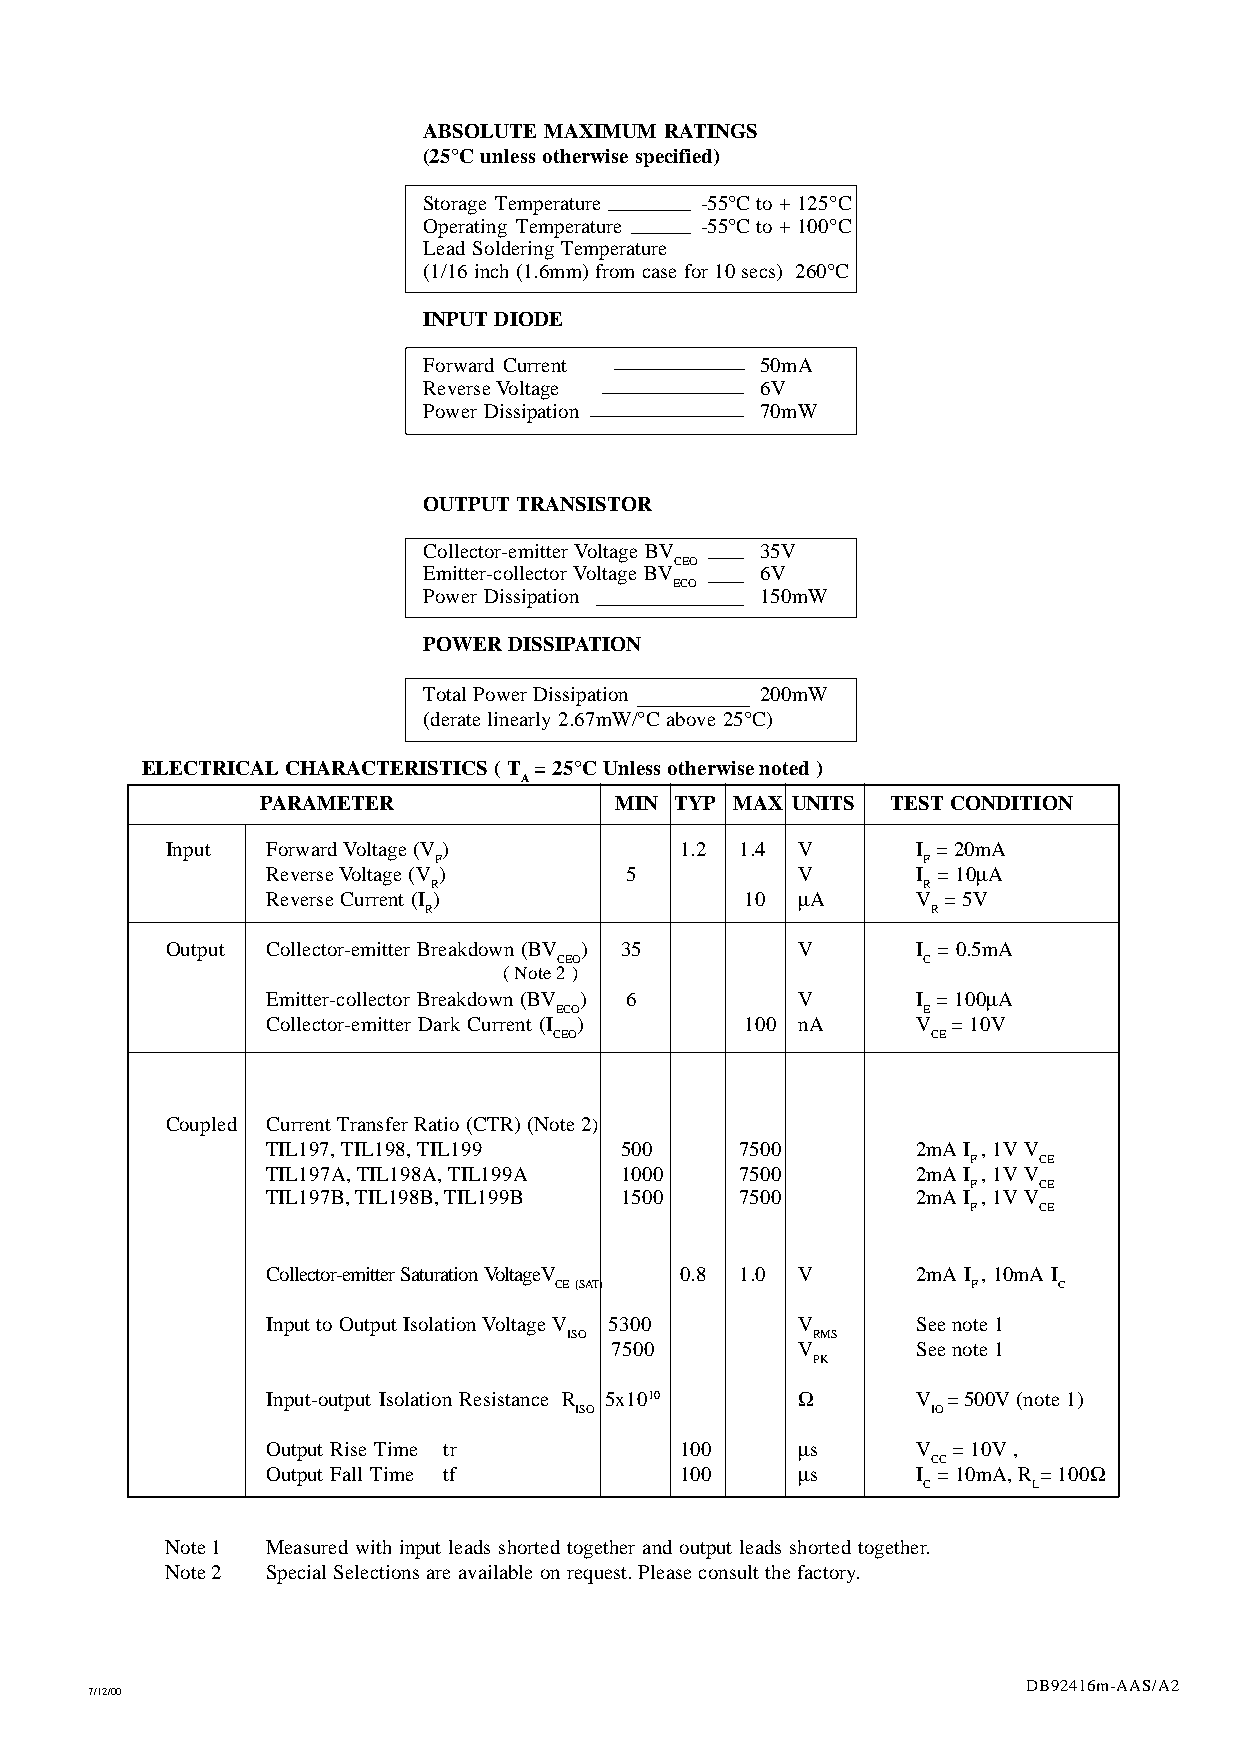
ABSOLUTE MAXIMUM RATINGS
 (25°C unless otherwise specified)
 Storage Temperature -55°C to + 125°C
 Operating Temperature -55°C to + 100°C
 Lead Soldering Temperature
 (1/16 inch (1.6mm) from case for 10 secs) 260°C
 INPUT DIODE
 Forward Current       50mA
 Reverse Voltage       6V
 Power Dissipation     70mW
 OUTPUT TRANSISTOR
 Collector-emitter Voltage BV 35V
 CEO
 Emitter-collector Voltage BV 6V
 ECO
 Power Dissipation     150mW
 POWER DISSIPATION
 Total Power Dissipation 200mW
 (derate linearly 2.67mW/°C above 25°C)
 ELECTRICAL CHARACTERISTICS ( T = 25°C Unless otherwise noted )
 A
 PARAMETER               MIN TYP MAX UNITS TEST CONDITION
 Input  Forward Voltage (V)        1.2 1.4 V       I = 20mA
 F                               F
 Reverse Voltage (V)    5           V       I = 10m A
 R                               R
 Reverse Current (I )           10  m A     V = 5V
 R                                 R
 Output Collector-emitter Breakdown (BV ) 35 V     I = 0.5mA
 CEO                     C
 ( Note 2 )
 Emitter-collector Breakdown (BV ) 6 V      I = 100m A
 ECO                     E
 Collector-emitter Dark Current (I ) 100 nA V = 10V
 CEO                      CE
 Coupled Current Transfer Ratio (CTR) (Note 2)
 TIL197, TIL198, TIL199 500     7500        2mA I , 1V V
 F    CE
 TIL197A, TIL198A, TIL199A 1000 7500        2mA I , 1V V
 F    CE
 TIL197B, TIL198B, TIL199B 1500 7500        2mA I , 1V V
 F    CE
 Collector-emitter Saturation VoltageV 0.8 1.0 V 2mA I , 10mA I
 CE(SAT)                    F     C
 Input to Output Isolation Voltage V 5300 V See note 1
 ISO             RMS
 7500        V       See note 1
 PK
 Input-output Isolation Resistance R 5x1010 W V = 500V (note 1)
 ISO                     IO
 Output Rise Time tr        100     m s     V = 10V ,
 CC
 Output Fall Time tf        100     m s     I = 10mA, R = 100W
 C      L
 Note 1 Measured with input leads shorted together and output leads shorted together.
 Note 2 Special Selections are available on request. Please consult the factory.
 DB92416m-AAS/A2
 7/12/00